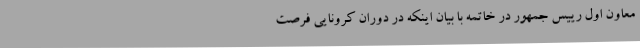
معاون اول رییس جمهور در خاتمه با بیان اینکه در دوران کرونایی فرصت